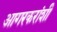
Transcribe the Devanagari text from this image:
आगरकरांशी